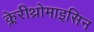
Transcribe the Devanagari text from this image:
क्लेरीथ्रोमाइसिन